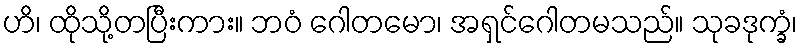
ဟိ၊ ထိုသို့တပြီးကား။ ဘဝံ ဂေါတမော၊ အရှင်ဂေါတမသည်။ သုခဒုက္ခံ၊